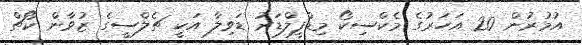
އުމުރުން 20 އަހަރުގެ މެކްސިކޯ މިޑްފީލްޑަރު ޑަވިލާ އަކީ ޗެލްސީގެ ޒުވާން ކޯޗް